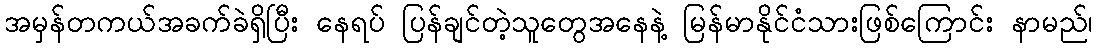
အမှန်တကယ်အခက်ခဲရှိပြီး နေရပ် ပြန်ချင်တဲ့သူတွေအနေနဲ့ မြန်မာနိုင်ငံသားဖြစ်ကြောင်း နာမည်၊